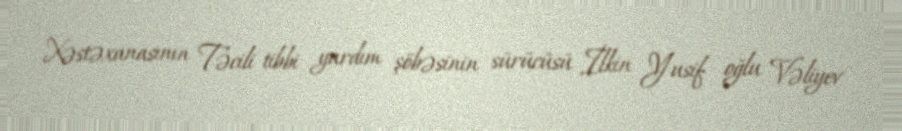
Xəstəxanasının Təcili tibbi yardım şöbəsinin sürücüsü İlkin Yusif oğlu Vəliyev